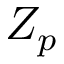
Z _ { p }